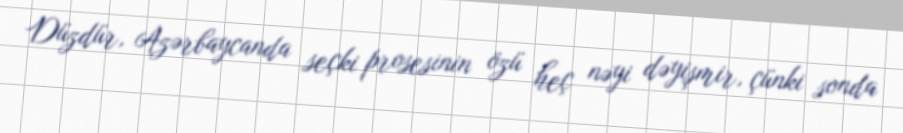
Düzdür, Azərbaycanda seçki prosesinin özü heç nəyi dəyişmir, çünki sonda